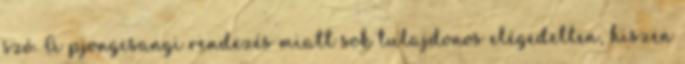
szó. A pjongcsangi rendezés miatt sok tulajdonos elégedetlen, hiszen